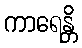
ကာရေန္တိ